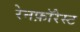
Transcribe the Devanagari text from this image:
रेनफ़ॉरेस्ट